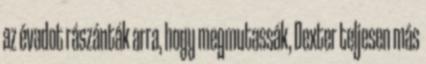
az évadot rászánták arra, hogy megmutassák, Dexter teljesen más